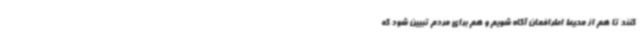
کنند تا هم از محیط اطرافمان آگاه شویم و هم برای مردم تبیین شود که